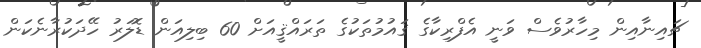
ޗައިނާއިން މިހާރުވެސް ވަނީ އެފްރިކާގެ ޤައުމުތަކުގެ ތަރައްޤީއަށް 60 ބިލިއަން ޑޮލަރު ހޭދަކުރާނެކަން